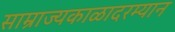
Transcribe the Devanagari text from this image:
साम्राज्यकाळादरम्यान